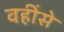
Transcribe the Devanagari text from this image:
वहींसे